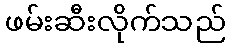
ဖမ်းဆီးလိုက်သည်